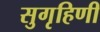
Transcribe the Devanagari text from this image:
सुगृहिणी